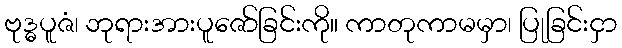
ဗုဒ္ဓပူဇံ၊ ဘုရားအားပူဇော်ခြင်းကို။ ကာတုကာမမှာ၊ ပြုခြင်းငှာ